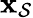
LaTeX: \mathbf{\boldsymbol{x}}_{\mathcal{S}}